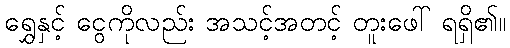
ရွှေနှင့် ငွေကိုလည်း အသင့်အတင့် တူးဖေါ် ရရှိ၏။